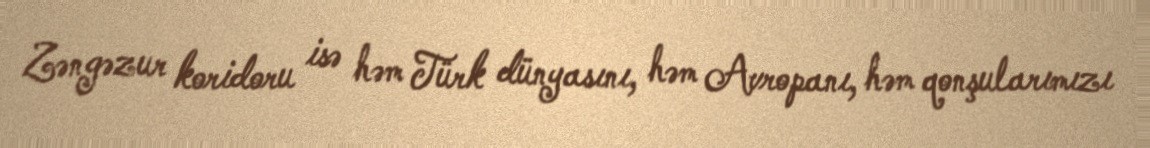
Zəngəzur koridoru isə həm Türk dünyasını, həm Avropanı, həm qonşularımızı